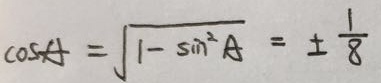
\cos A = \sqrt { 1 - \sin ^ { 2 } A } = \pm \frac { 1 } { 8 }